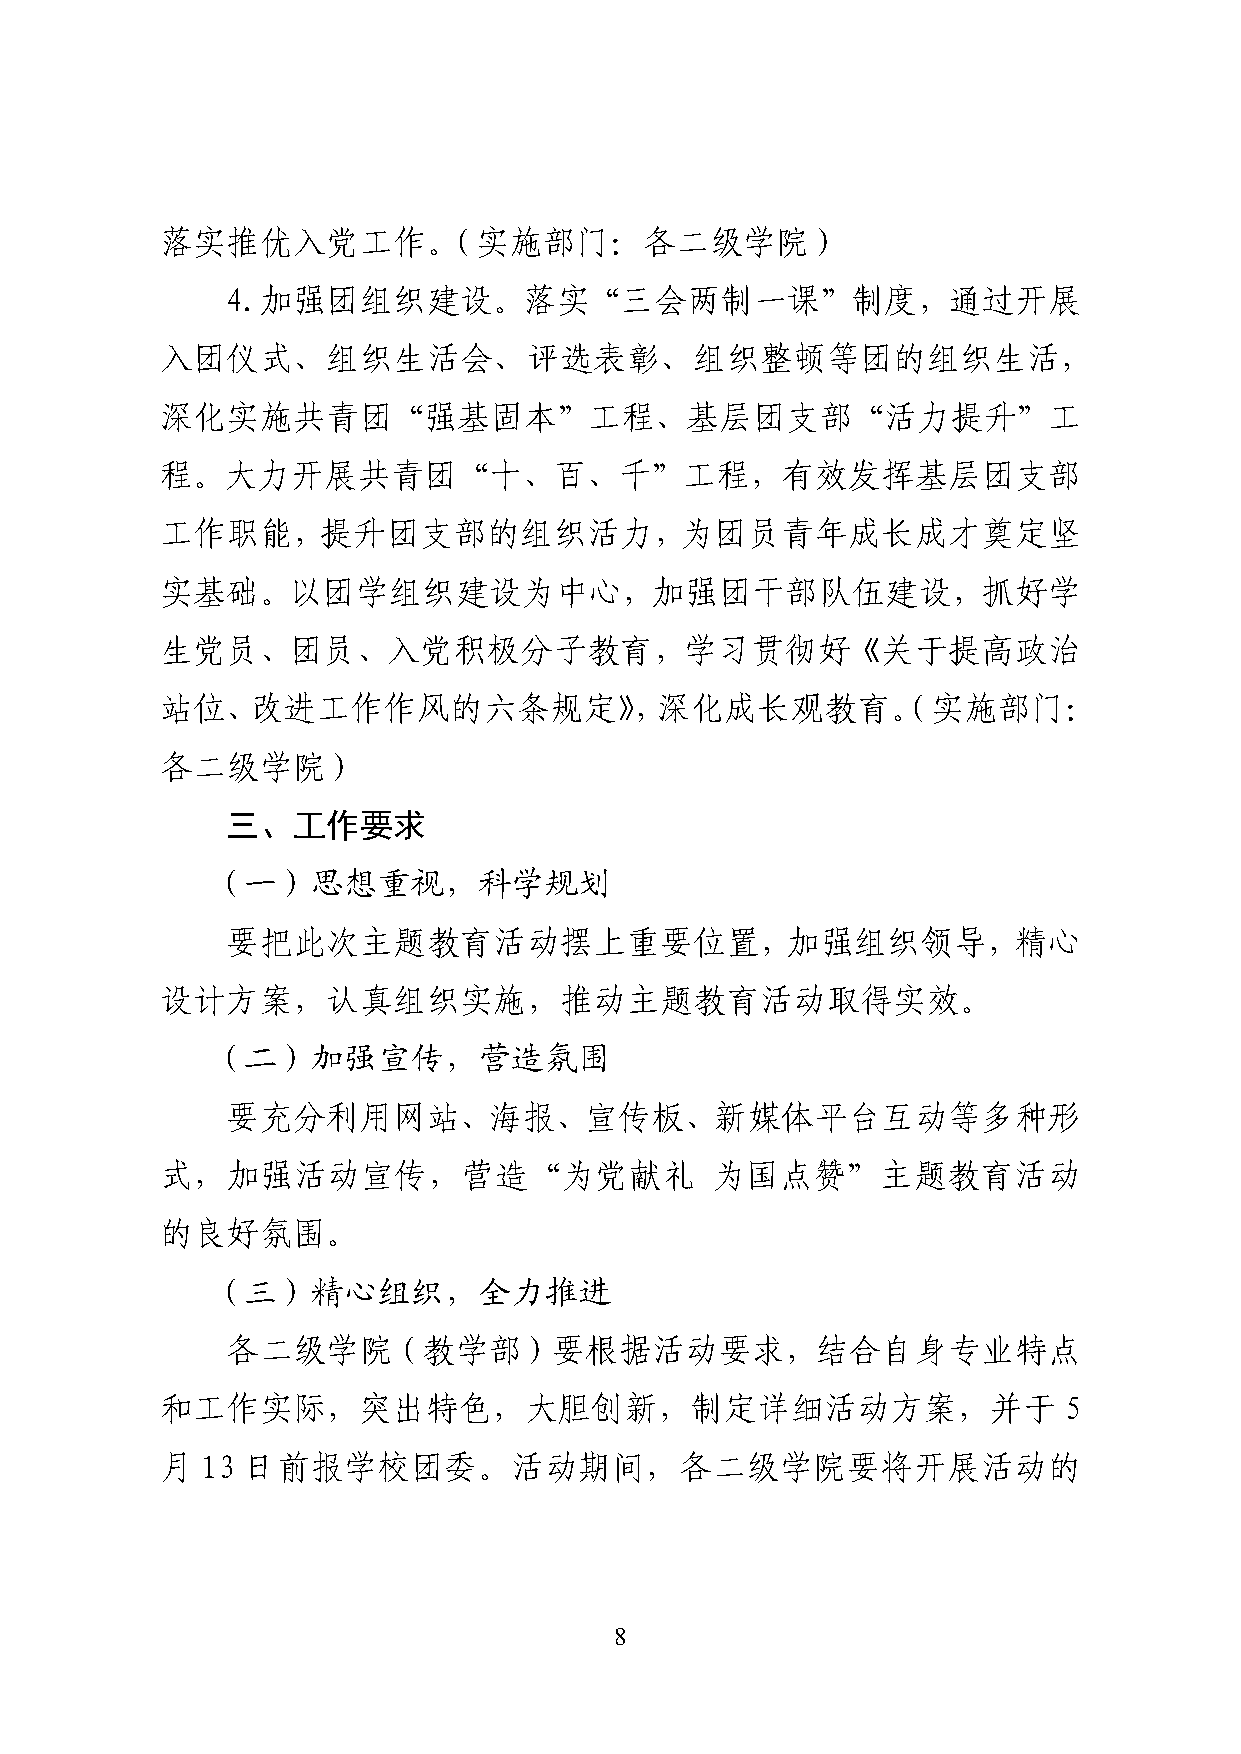
落实推优入党工作。（实施部门：各二级学院）
 4.加强团组织建设。落实“三会两制一课”制度，通过开展
 入团仪式、组织生活会、评选表彰、组织整顿等团的组织生活，
 深化实施共青团“强基固本”工程、基层团支部“活力提升”工
 程。大力开展共青团“十、百、千”工程，有效发挥基层团支部
 工作职能，提升团支部的组织活力，为团员青年成长成才奠定坚
 实基础。以团学组织建设为中心，加强团干部队伍建设，抓好学
 生党员、团员、入党积极分子教育，学习贯彻好《关于提高政治
 站位、改进工作作风的六条规定》，深化成长观教育。（实施部门：
 各二级学院）
 三、工作要求
 （一）思想重视，科学规划
 要把此次主题教育活动摆上重要位置，加强组织领导，精心
 设计方案，认真组织实施，推动主题教育活动取得实效。
 （二）加强宣传，营造氛围
 要充分利用网站、海报、宣传板、新媒体平台互动等多种形
 式，加强活动宣传，营造“为党献礼                    为国点赞”主题教育活动
 的良好氛围。
 （三）精心组织，全力推进
 各二级学院（教学部）要根据活动要求，结合自身专业特点
 和工作实际，突出特色，大胆创新，制定详细活动方案，并于                                5
 月 13 日前报学校团委。活动期间，各二级学院要将开展活动的
 8